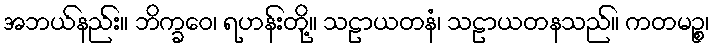
အဘယ်နည်း။ ဘိက္ခဝေ၊ ရဟန်းတို့။ သဠာယတနံ၊ သဠာယတနသည်။ ကတမဉ္စ၊